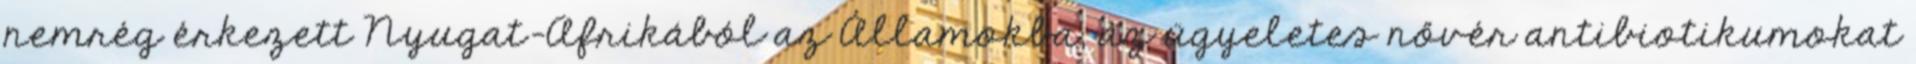
nemrég érkezett Nyugat-Afrikából az Államokba, az ügyeletes nővér antibiotikumokat